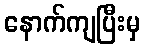
နောက်ကျပြီးမှ